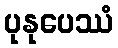
ပုနုပေဿံ